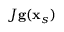
J \mathbf { g } ( \mathbf { x } _ { s } )